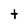
Character: t